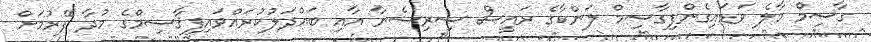
ގާސިމް މާލެ ވަޑައިގެންފިގާސިމް ލަންކާގެ ރައީސް ސިރިސެނާ އާއި ބައްދަލުކުރައްވައިފިޤާސިމްގެ މުދާ ފޭރުމަށް